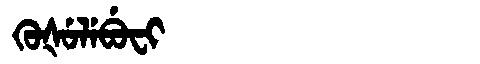
Manchu: ᡴᡠᡧᡠᠯᡝᠪᡠᠸᡳ
Romanization: KUŠULEBUFI